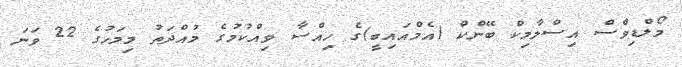
މޯލްޑިވްސް އިސްލާމިކް ބޭންކް (އެމްއައިބީ)ގެ ހިއްސާ ވިއްކުމުގެ މުއްދަތު މިމަހުގެ 22 ވަނަ